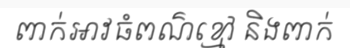
ពាក់អាវធំពណ៌ខ្មៅ និងពាក់